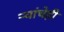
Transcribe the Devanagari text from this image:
ऱ्यांचेही